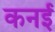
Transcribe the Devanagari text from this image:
कनई